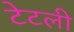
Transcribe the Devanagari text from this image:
टेटली